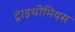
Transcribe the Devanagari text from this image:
ट्राइथीमियस